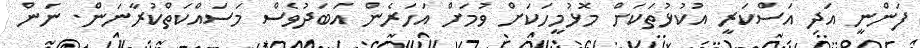
ފަންނީ އަދި އަސްކަރީ އުކުޅުތަކަށް މޮޅުމީހަކަށް ވުމަށް އަހަރެން އަބަދުވެސް މަސައްކަތްކުރާނަން. ނަން